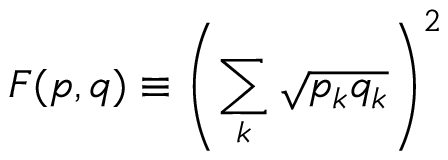
F ( { \boldsymbol { p } } , { \boldsymbol { q } } ) \equiv \left( \sum _ { k } { \sqrt { p _ { k } q _ { k } } } \right) ^ { 2 }